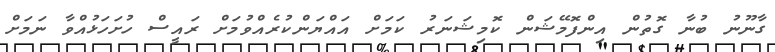
ގާނޫނު ބުނާ ގޮތުން އިންފޮމޭޝަން ކޮމިޝަނަރު ކަމަށް އައްޔަންކުރެއްވުމަށް ރައީސް ހުށަހަޅުއްވާ ނަމަށް